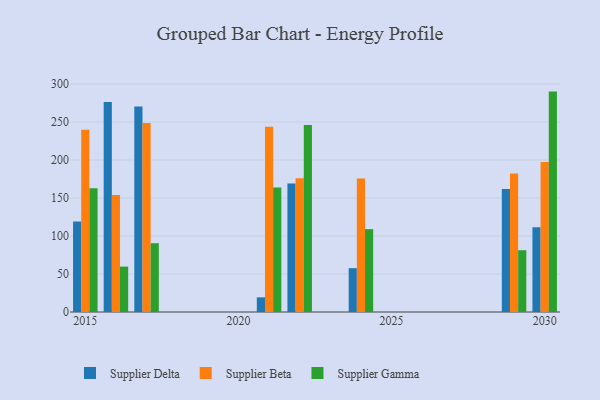
{"axis": {"x": "Year", "y": "Churn Rate (%)"}, "legend": ["Supplier Beta", "Supplier Delta", "Supplier Gamma"], "data": [{"x": "2016", "y": 276.3, "type": "Supplier Delta"}, {"x": "2016", "y": 153.8, "type": "Supplier Beta"}, {"x": "2016", "y": 59.7, "type": "Supplier Gamma"}, {"x": "2029", "y": 161.9, "type": "Supplier Delta"}, {"x": "2029", "y": 182.2, "type": "Supplier Beta"}, {"x": "2029", "y": 81.3, "type": "Supplier Gamma"}, {"x": "2022", "y": 169.1, "type": "Supplier Delta"}, {"x": "2022", "y": 176.0, "type": "Supplier Beta"}, {"x": "2022", "y": 246.1, "type": "Supplier Gamma"}, {"x": "2015", "y": 119.1, "type": "Supplier Delta"}, {"x": "2015", "y": 239.8, "type": "Supplier Beta"}, {"x": "2015", "y": 162.7, "type": "Supplier Gamma"}, {"x": "2021", "y": 19.3, "type": "Supplier Delta"}, {"x": "2021", "y": 243.7, "type": "Supplier Beta"}, {"x": "2021", "y": 163.9, "type": "Supplier Gamma"}, {"x": "2030", "y": 111.5, "type": "Supplier Delta"}, {"x": "2030", "y": 197.5, "type": "Supplier Beta"}, {"x": "2030", "y": 290.0, "type": "Supplier Gamma"}, {"x": "2024", "y": 57.7, "type": "Supplier Delta"}, {"x": "2024", "y": 175.7, "type": "Supplier Beta"}, {"x": "2024", "y": 109.0, "type": "Supplier Gamma"}, {"x": "2017", "y": 270.5, "type": "Supplier Delta"}, {"x": "2017", "y": 248.8, "type": "Supplier Beta"}, {"x": "2017", "y": 90.5, "type": "Supplier Gamma"}]}